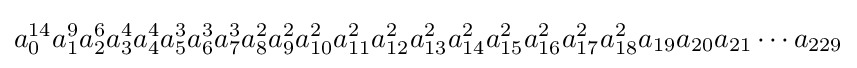
a_{0}^{14}a_{1}^{9}a_{2}^{6}a_{3}^{4}a_{4}^{4}a_{5}^{3}a_{6}^{3}a_{7}^{3}a_{8}^{2}a_{9}^{2}a_{10}^{2}a_{11}^{2}a_{12}^{2}a_{13}^{2}a_{14}^{2}a_{15}^{2}a_{16}^{2}a_{17}^{2}a_{18}^{2}a_{19}a_{20}a_{21}\cdots a_{229}